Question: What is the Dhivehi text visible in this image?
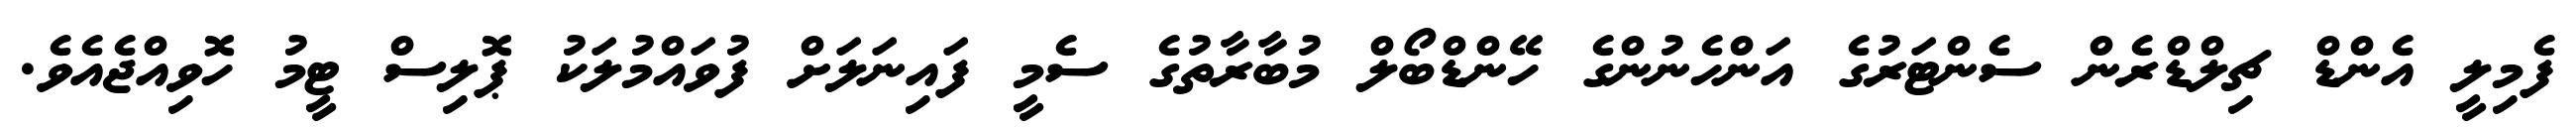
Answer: ފެމިލީ އެންޑް ޗިލްޑްރެން ސެންޓަރުގެ އަންހެނުންގެ ހޭންޑްބޯލް މުބާރާތުގެ ސެމީ ފައިނަލަށް ފުވައްމުލަކު ޕޮލިސް ޓީމު ހޮވިއްޖެއެވެ.